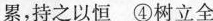
累，持之以恒 ④树立全